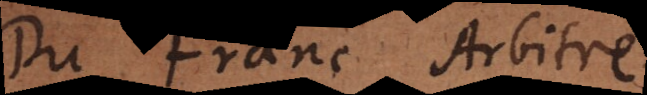
du franc arbitre,